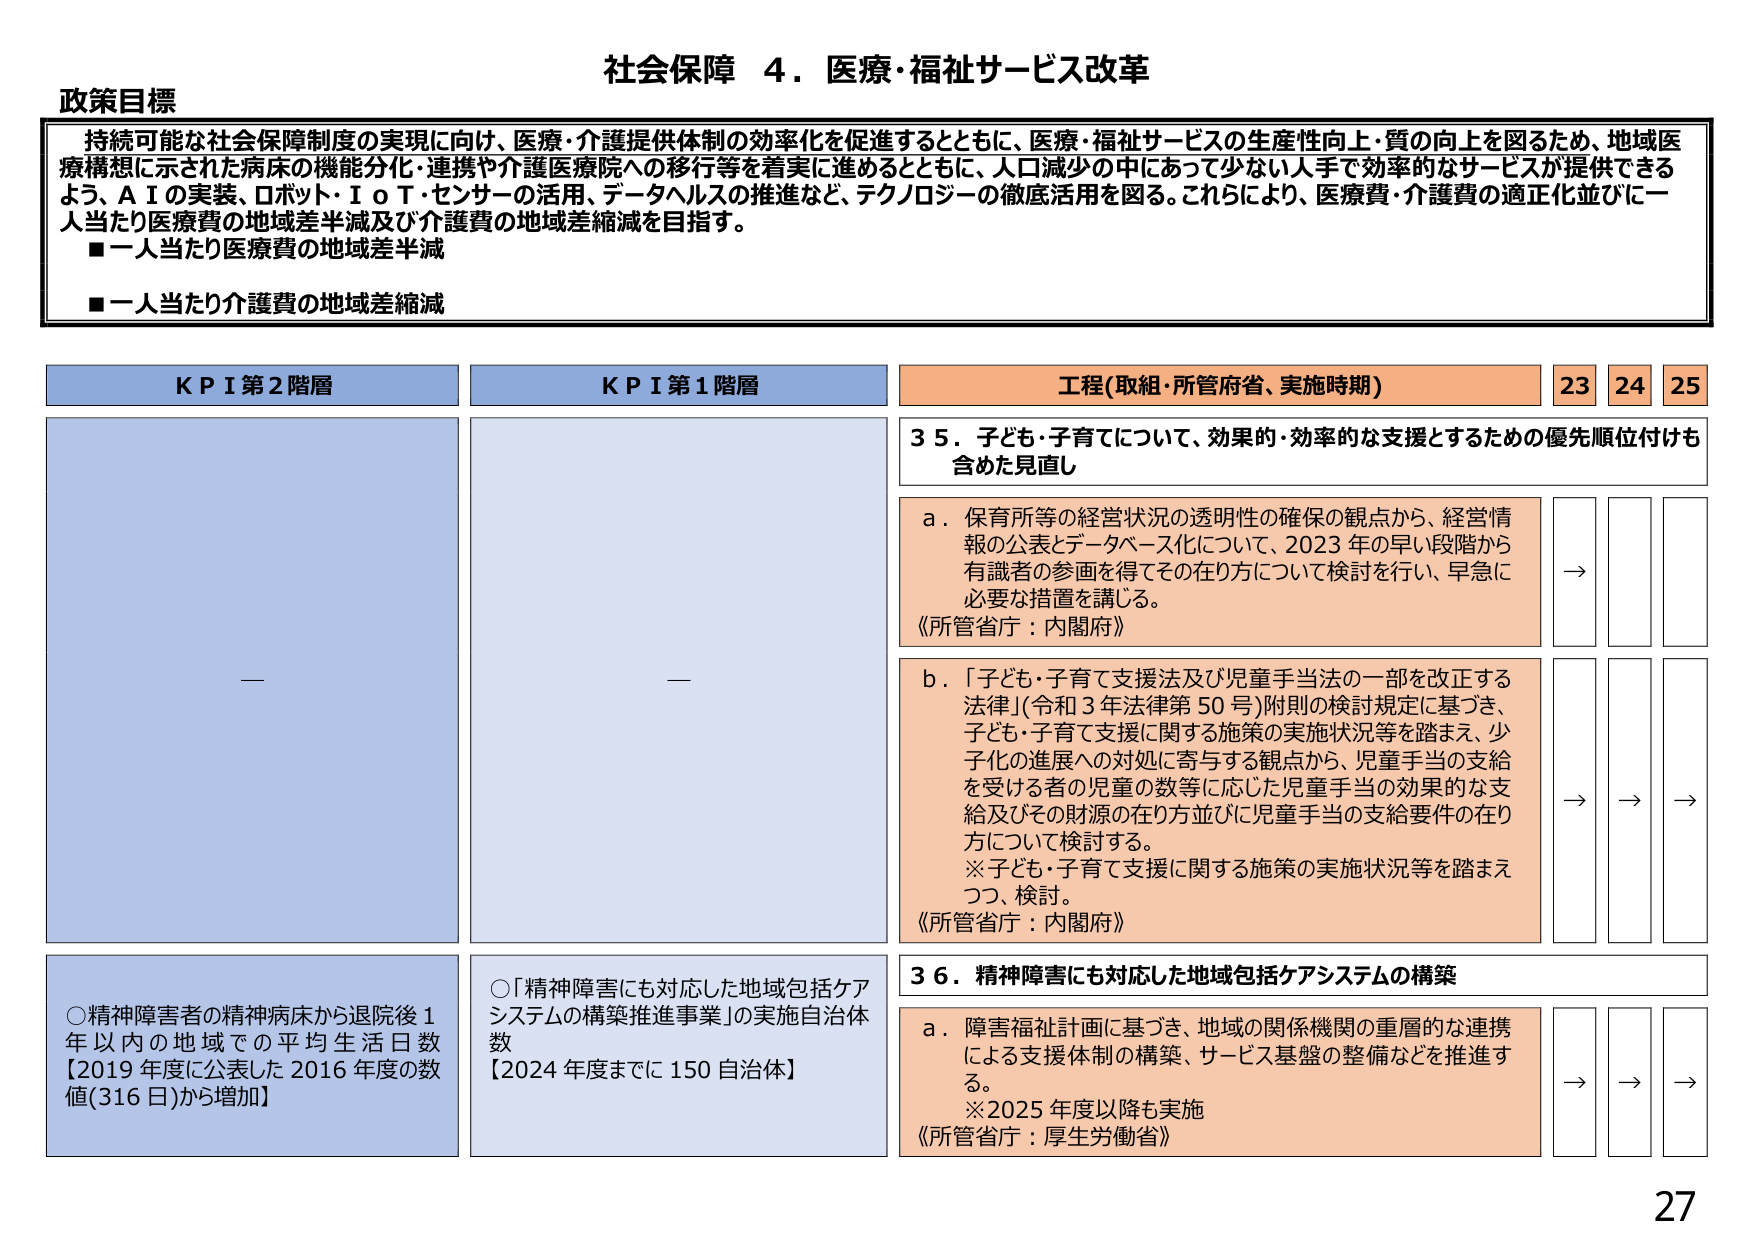
社会保障 ４．医療・福祉サービス改革

政策目標
持続可能な社会保障制度の実現に向け、医療・介護提供体制の効率化を促進するとともに、医療・福祉サービスの生産性向上・質の向上を図るため、地域医療構想に示された病床の機能分化・連携や介護医療院への移行等を着実に進めるとともに、人口減少の中であって少ない人手で効率的なサービスが提供できるよう、ＡＩの実装、ロボット・ＩｏＴ・センサーの活用、データヘルスの推進など、テクノロジーの徹底活用を図る。これらにより、医療費・介護費の適正化並びに一人当たり医療費の地域差半減及び介護費の地域差縮減を目指す。
■一人当たり医療費の地域差半減
■一人当たり介護費の地域差縮減

KPI第2階層
—

KPI第1階層
—

工程（取組・所管府省、実施時期）
23 24 25

35．子ども・子育てについて、効果的・効率的な支援とするための優先順位付けも含めた見直し

a．保育所等の経営状況の透明性の確保の観点から、経営情報の公表とデータベース化について、2023年の早い段階から有識者の参画を得てその在り方について検討を行い、早急に必要な措置を講じる。
《所管省庁：内閣府》
→

b．「子ども・子育て支援法及び児童手当法の一部を改正する法律」（令和3年法律第50号）附則の検討規定に基づき、子ども・子育て支援に関する施策の実施状況等を踏まえ、少子化の進展への対処に寄与する観点から、児童手当の支給を受ける者の児童の数等に応じた児童手当の効果的な支給及びその財源の在り方並びに児童手当の支給要件の在り方について検討する。
※子ども・子育て支援に関する施策の実施状況等を踏まえつつ、検討。
《所管省庁：内閣府》
→ → →

36．精神障害にも対応した地域包括ケアシステムの構築

a．障害福祉計画に基づき、地域の関係機関の重層的な連携による支援体制の構築、サービス基盤の整備などを推進する。
※2025年度以降も実施
《所管省庁：厚生労働省》
→ → →

○精神障害者の精神病床から退院後1年以内の地域での平均生活日数
【2019年度に公表した2016年度の数値（316日）から増加】

○「精神障害にも対応した地域包括ケアシステムの構築推進事業」の実施自治体数
【2024年度までに150自治体】

27